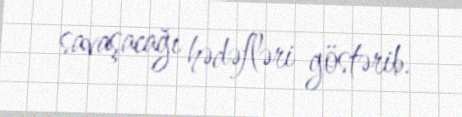
savaşacağı hədəfləri göstərib.